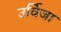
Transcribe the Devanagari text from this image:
उर्विजा